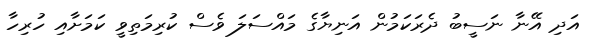
އަދި އޭނާ ނަސީބު ދެރަކަމުން އަނިޔާގެ މައްސަލަ ވެސް ކުރިމަތިވީ ކަމަށާއި ހުރިހާ